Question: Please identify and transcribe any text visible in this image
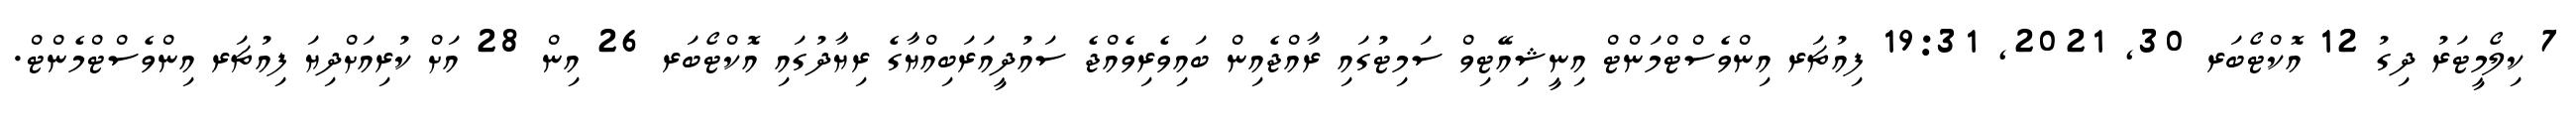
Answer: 7 ކިލޯމީޓަރު ދިގު 12 އޮކްޓޯބަރ 30, 2021, 19:31 ފިއުޗަރ އިންވެސްޓްމަންޓް އިނީޝިއޭޓިވް ސަމިޓުގައި ރާއްޖެއިން ބައިވެރިވެއްޖެ ސައުދީއަރަބިއްޔާގެ ރިޔާދުގައި އޮކްޓޯބަރ 26 އިން 28 އަށް ކުރިއަށްދިޔަ ފިއުޗަރ އިންވެސްޓްމެންޓް.